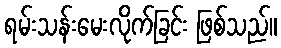
ရမ်းသန်းမေးလိုက်ခြင်း ဖြစ်သည်။